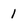
Character: 1